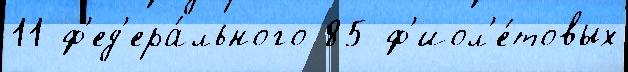
11 ф'ед'ера́льного 85 ф'иол'е́товых